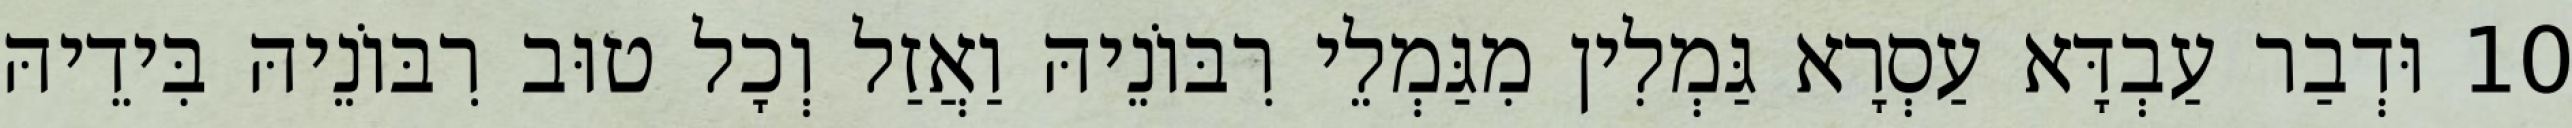
10 וּדְבַר עַבְדָּא עַסְרָא גַּמְלִין מִגַּמְלֵי רִבּוֹנֵיהּ וַאֲזַל וְכָל טוּב רִבּוֹנֵיהּ בִּידֵיהּ